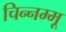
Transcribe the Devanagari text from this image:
चिन्‍नम्‍मू